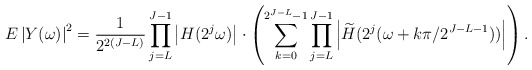
\begin{align*}E\left|Y(\omega)\right|^2={1 \over 2^{2(J-L)}} \prod_{j=L}^{J-1} \left|H(2^j\omega)\right|\cdot \left(\sum_{k=0}^{2^{J-L}-1}\prod_{j=L}^{J-1}\left|\widetilde{H}(2^j(\omega+k\pi/2^{J-L-1}))\right|\right).\end{align*}